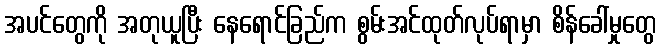
အပင်တွေကို အတုယူပြီး နေရောင်ခြည်က စွမ်းအင်ထုတ်လုပ်ရာမှာ စိန်ခေါ်မှုတွေ